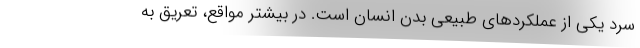
سرد یکی از عملکردهای طبیعی بدن انسان است. در بیشتر مواقع، تعریق به